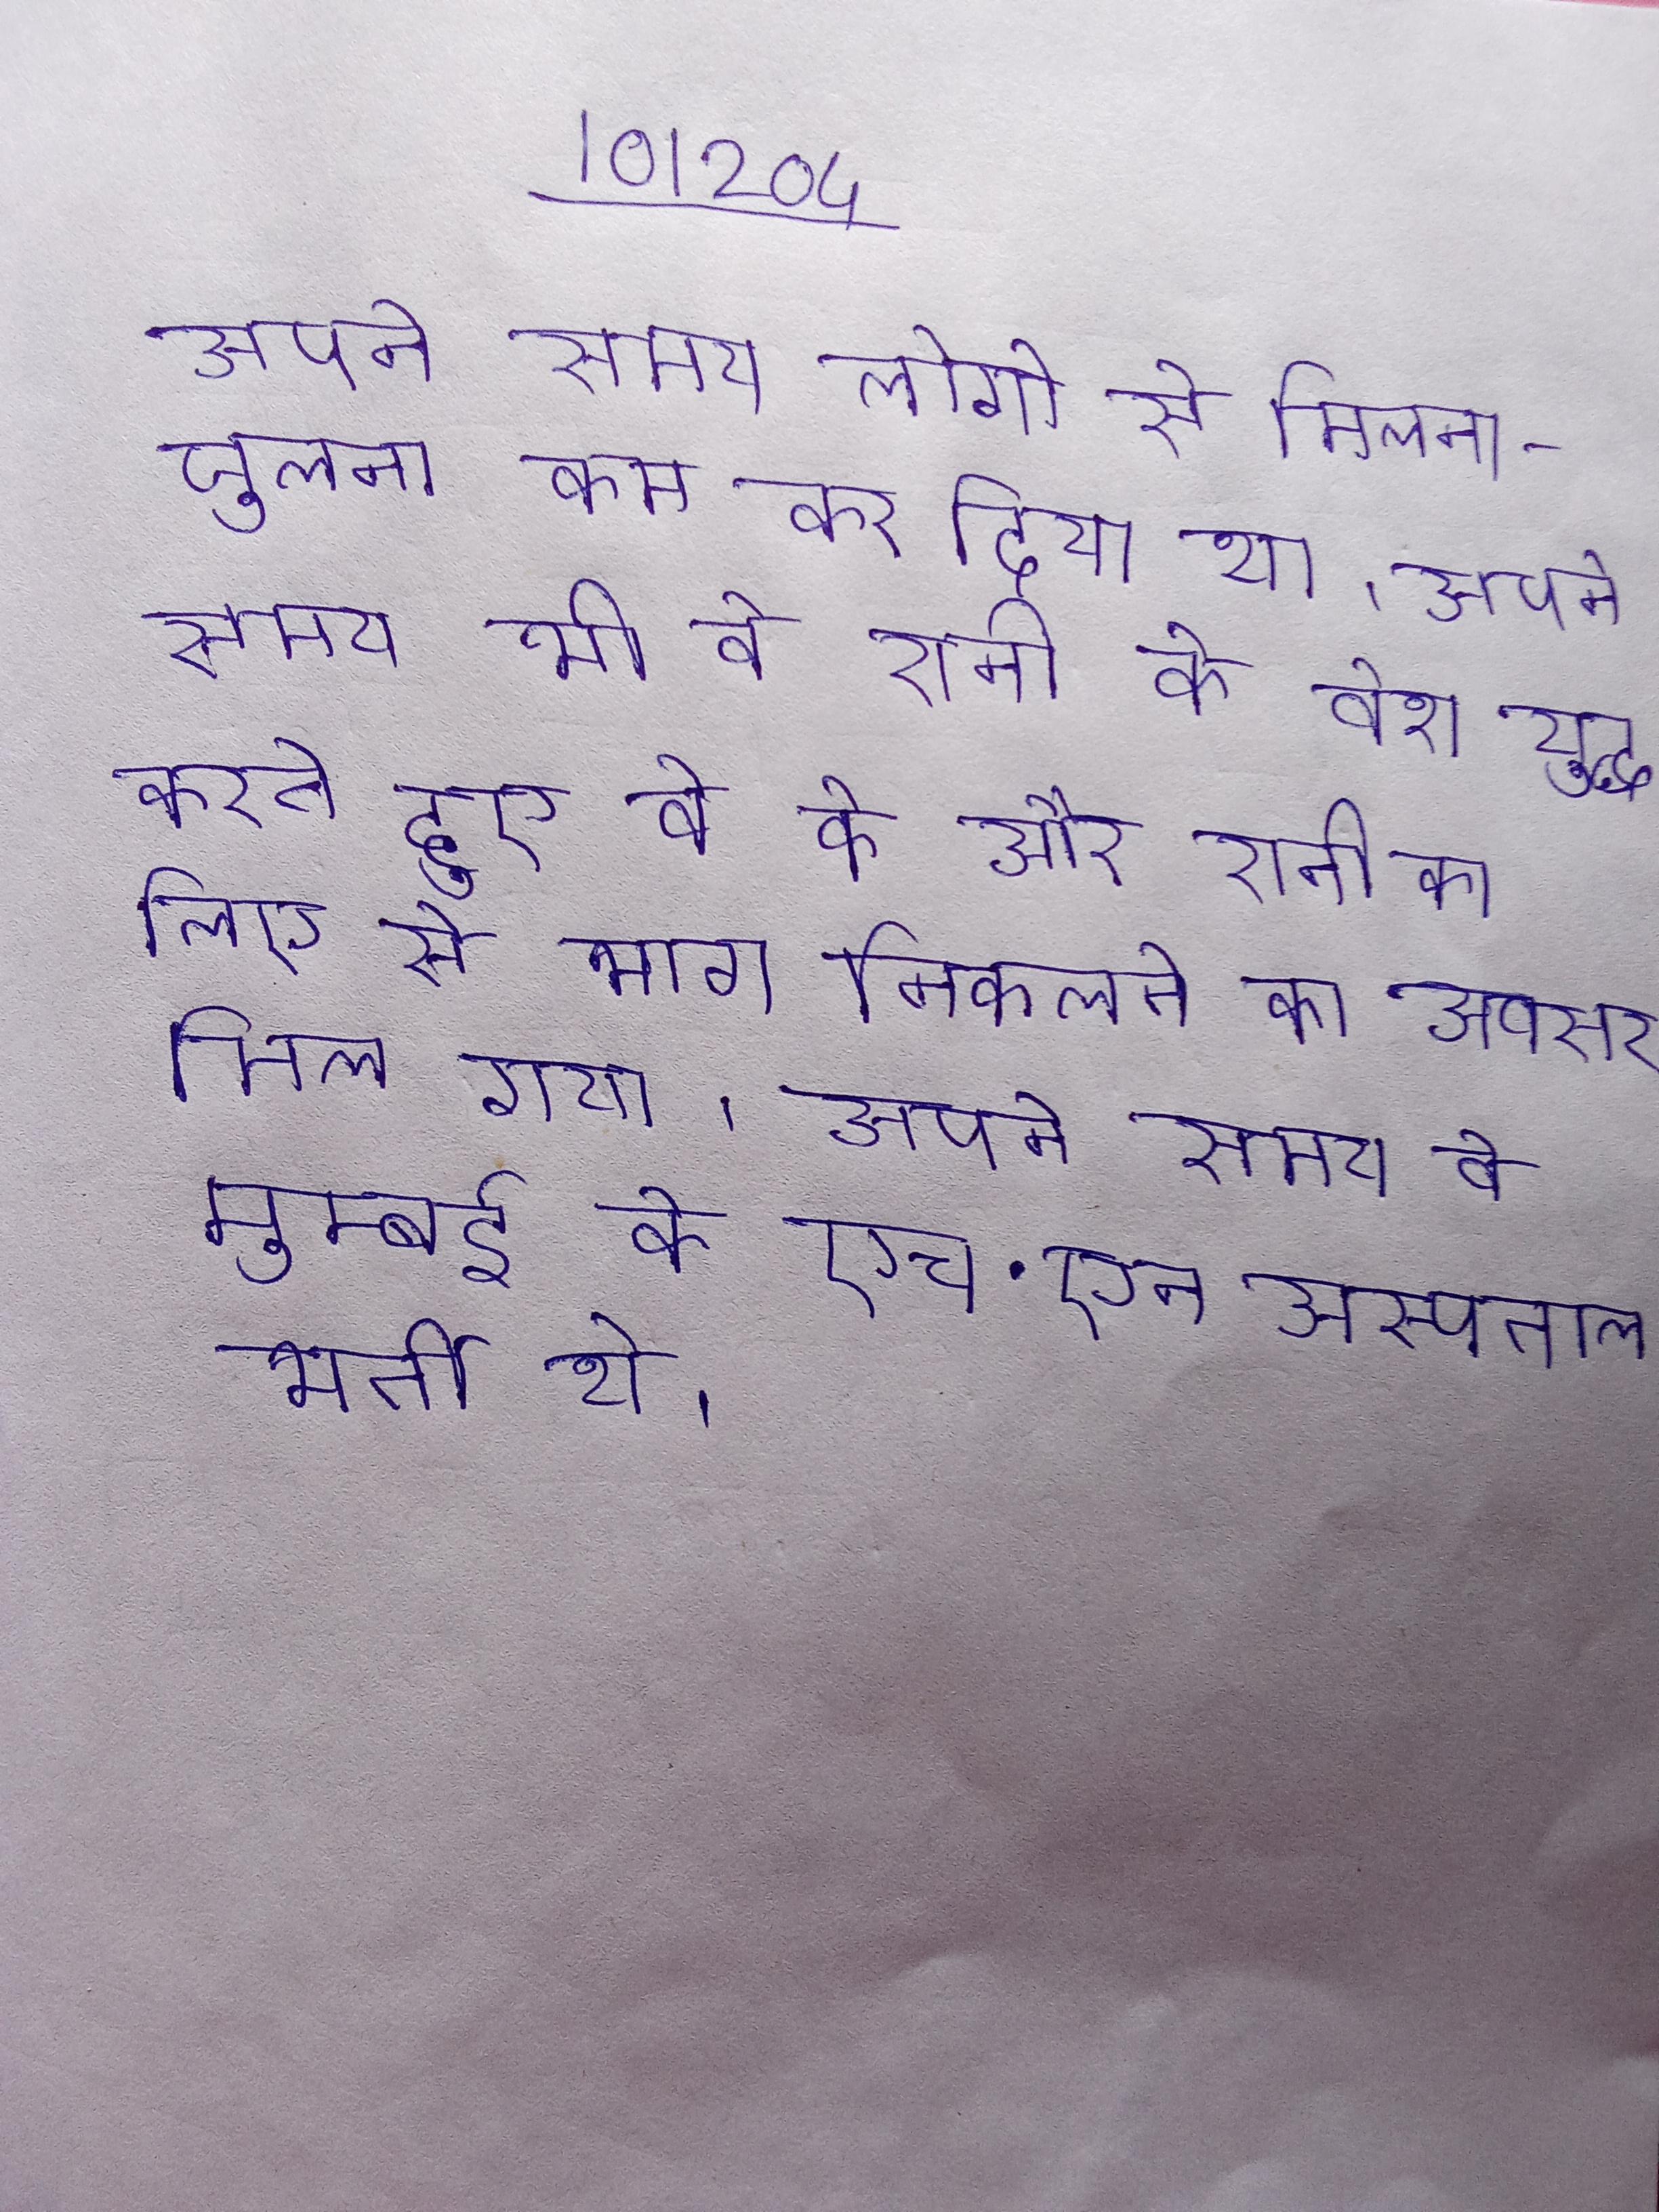
अपने समय लोगो से मिलना-जुलना कम कर दिया था । अपने समय भी वे रानी के वेश युद्ध करते हुए वे के और रानी को किले से भाग निकलने का अवसर मिल गया । अपने समय वे मुम्बई के एच॰एन॰ अस्पताल भर्ती थे ।